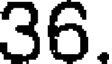
36.